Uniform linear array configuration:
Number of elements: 32
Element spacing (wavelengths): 0.5
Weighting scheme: hamming
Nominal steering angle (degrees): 15
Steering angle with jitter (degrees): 13.717
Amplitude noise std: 0.05
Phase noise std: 0.05

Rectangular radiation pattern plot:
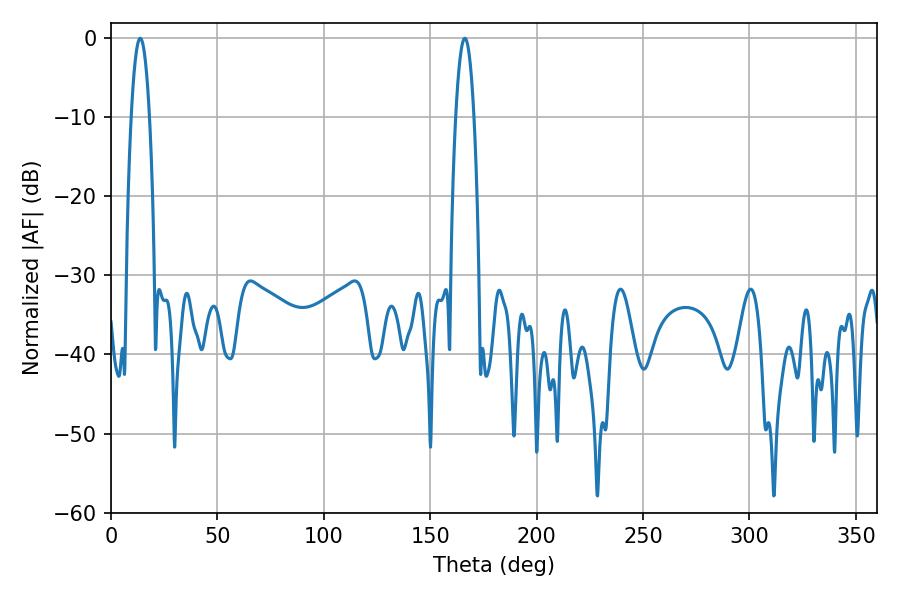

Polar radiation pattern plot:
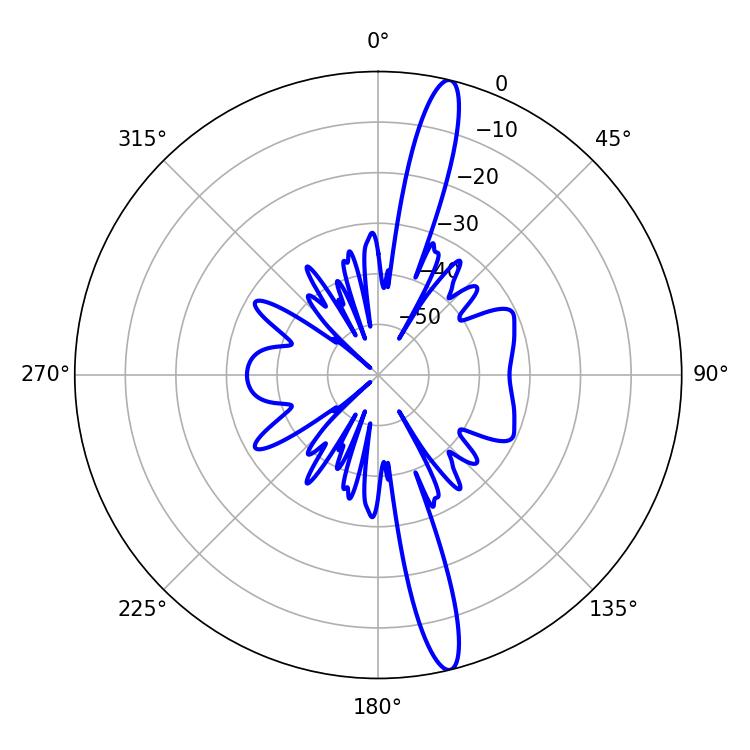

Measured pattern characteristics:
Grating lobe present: FALSE
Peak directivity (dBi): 16.694
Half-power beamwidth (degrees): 4.68
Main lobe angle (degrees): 13.68